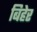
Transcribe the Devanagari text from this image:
बिहेर